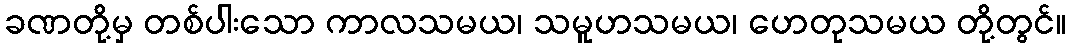
ခဏတို့မှ တစ်ပါးသော ကာလသမယ၊ သမူဟသမယ၊ ဟေတုသမယ တို့တွင်။